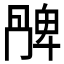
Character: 𠕩